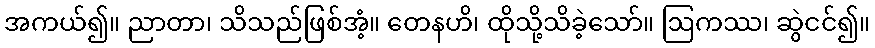
အကယ်၍။ ညာတာ၊ သိသည်ဖြစ်အံ့။ တေနဟိ၊ ထိုသို့သိခဲ့သော်။ ဩကဿ၊ ဆွဲငင်၍။